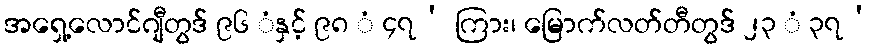
အရှေ့လောင်ဂျီတွဒ် ၉၆ ံနှင့် ၉၈ ံ ၄၇’ ကြား၊ မြောက်လတ်တီတွဒ် ၂၃ ံ ၃၇’